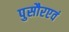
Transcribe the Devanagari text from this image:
पुसौरएवं